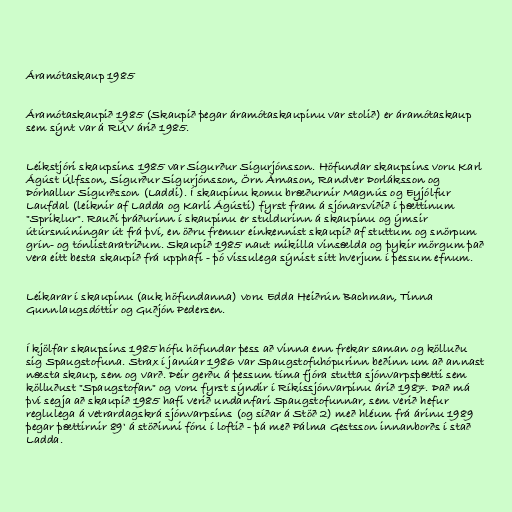
Áramótaskaup 1985

Áramótaskaupið 1985 (Skaupið þegar áramótaskaupinu var stolið) er áramótaskaup
sem sýnt var á RÚV árið 1985.

Leikstjóri skaupsins 1985 var Sigurður Sigurjónsson. Höfundar skaupsins voru Karl
Ágúst Úlfsson, Sigurður Sigurjónsson, Örn Árnason, Randver Þorláksson og
Þórhallur Sigurðsson (Laddi). Í skaupinu komu bræðurnir Magnús og Eyjólfur
Laufdal (leiknir af Ladda og Karli Ágústi) fyrst fram á sjónarsviðið í þættinum
"Spriklur". Rauði þráðurinn í skaupinu er stuldurinn á skaupinu og ýmsir
útúrsnúningar út frá því, en öðru fremur einkennist skaupið af stuttum og snörpum
grín- og tónlistaratriðum. Skaupið 1985 naut mikilla vinsælda og þykir mörgum það
vera eitt besta skaupið frá upphafi - þó vissulega sýnist sitt hverjum í þessum efnum.

Leikarar í skaupinu (auk höfundanna) voru Edda Heiðrún Bachman, Tinna
Gunnlaugsdóttir og Guðjón Pedersen.

Í kjölfar skaupsins 1985 hófu höfundar þess að vinna enn frekar saman og kölluðu
sig Spaugstofuna. Strax í janúar 1986 var Spaugstofuhópurinn beðinn um að annast
næsta skaup, sem og varð. Þeir gerðu á þessum tíma fjóra stutta sjónvarpsþætti sem
kölluðust "Spaugstofan" og voru fyrst sýndir í Ríkissjónvarpinu árið 1987. Það má
því segja að skaupið 1985 hafi verið undanfari Spaugstofunnar, sem verið hefur
reglulega á vetrardagskrá sjónvarpsins (og síðar á Stöð 2) með hléum frá árinu 1989
þegar þættirnir 89' á stöðinni fóru í loftið - þá með Pálma Gestsson innanborðs í stað
Ladda.